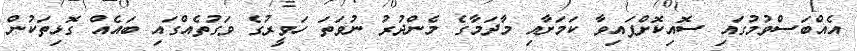
އެއްބަސްވުމުގައި ސޮއިކޮށްފައިވާ ކަމަށާއި މާދަމާގެ މެންދުރު ނުވަތަ ހަވީރުގެ ވަގުތެއްގައި ބައެއް ގޮޅިތަކުން